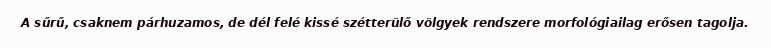
A sűrű, csaknem párhuzamos, de dél felé kissé szétterülő völgyek rendszere morfológiailag erősen tagolja.